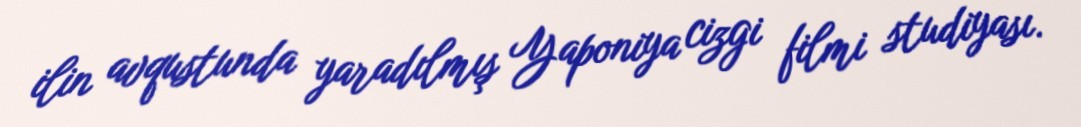
ilin avqustunda yaradılmış Yaponiya cizgi filmi studiyası.